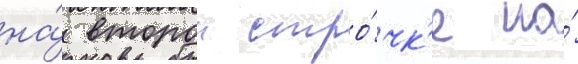
на́ второи стро́чк'е на́